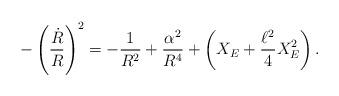
LaTeX: \begin{align*}-\left({\dot R\over R}\right)^2=-{1\over R^2}+{\alpha^2\over R^4}+\left(X_E+{\ell^2\over 4}X^2_E\right).\end{align*}